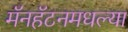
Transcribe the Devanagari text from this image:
मॅनहॅटनमधल्या